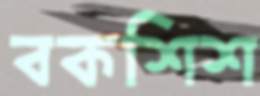
বকশিশ